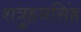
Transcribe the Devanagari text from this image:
शत्रुहनसिंह